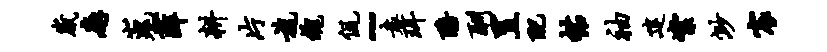
崴廨嵬薛耕片旄魂侃~袁珥醅酬置配帖袖建絮渺宸